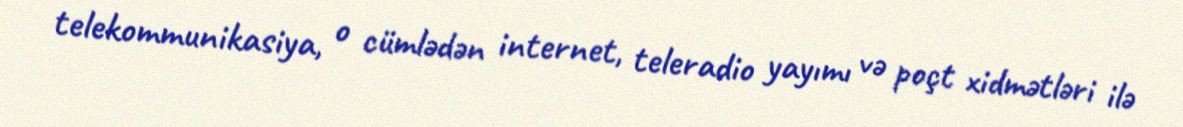
telekommunikasiya, o cümlədən internet, teleradio yayımı və poçt xidmətləri ilə